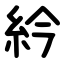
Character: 紟